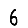
Digit: 6